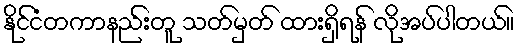
နိုင်ငံတကာနည်းတူ သတ်မှတ် ထားရှိရန် လိုအပ်ပါတယ်။